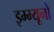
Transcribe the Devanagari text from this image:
इम्म्यूनो